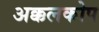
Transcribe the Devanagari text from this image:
अक्कलकोप